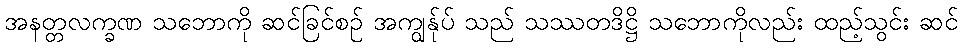
အနတ္တလက္ခဏ သဘောကို ဆင်ခြင်စဉ် အကျွန်ုပ် သည် သဿတဒိဋ္ဌိ သဘောကိုလည်း ထည့်သွင်း ဆင်